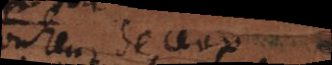
bonheur de ceux